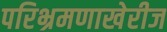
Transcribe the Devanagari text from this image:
परिभ्रमणाखेरीज